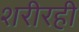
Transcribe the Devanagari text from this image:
शरीरही